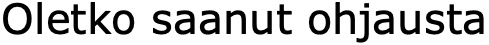
Oletko saanut ohjausta